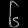
Digit: ၆